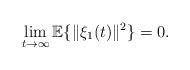
LaTeX: \begin{align*}\lim_{t \rightarrow \infty}\mathbb{E}\{\|\xi_1(t)\|^2\}=0.\end{align*}